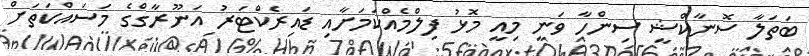
ބަތަލާ ސޮނާކްޝީ ސިންހާ ވަނީ މިއީ މޮޅު ފިލްމެއްކަމަށާއި ޑައިރެކްޓަރު އަނޫރާގްގެ މަސައްކަތަށް